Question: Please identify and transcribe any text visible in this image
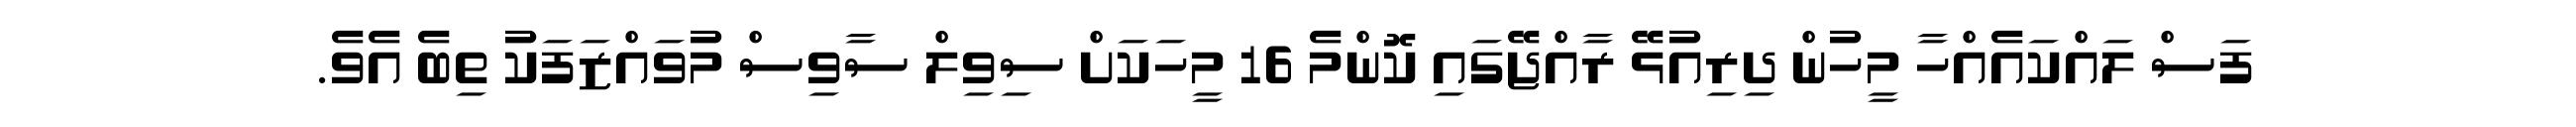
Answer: ފަސް ލައްކައެއްހާ މީހުން ދިރިއުޅޭ ރާއްޖޭގައި ކޮންމެ 16 މީހަކަށް ސިވިލް ސާވިސް މުވައްޒަފަކު ތިބެ އެވެ.